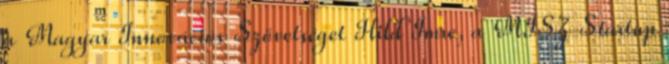
a Magyar Innovációs Szövetséget Hild Imre, a MISZ Startup